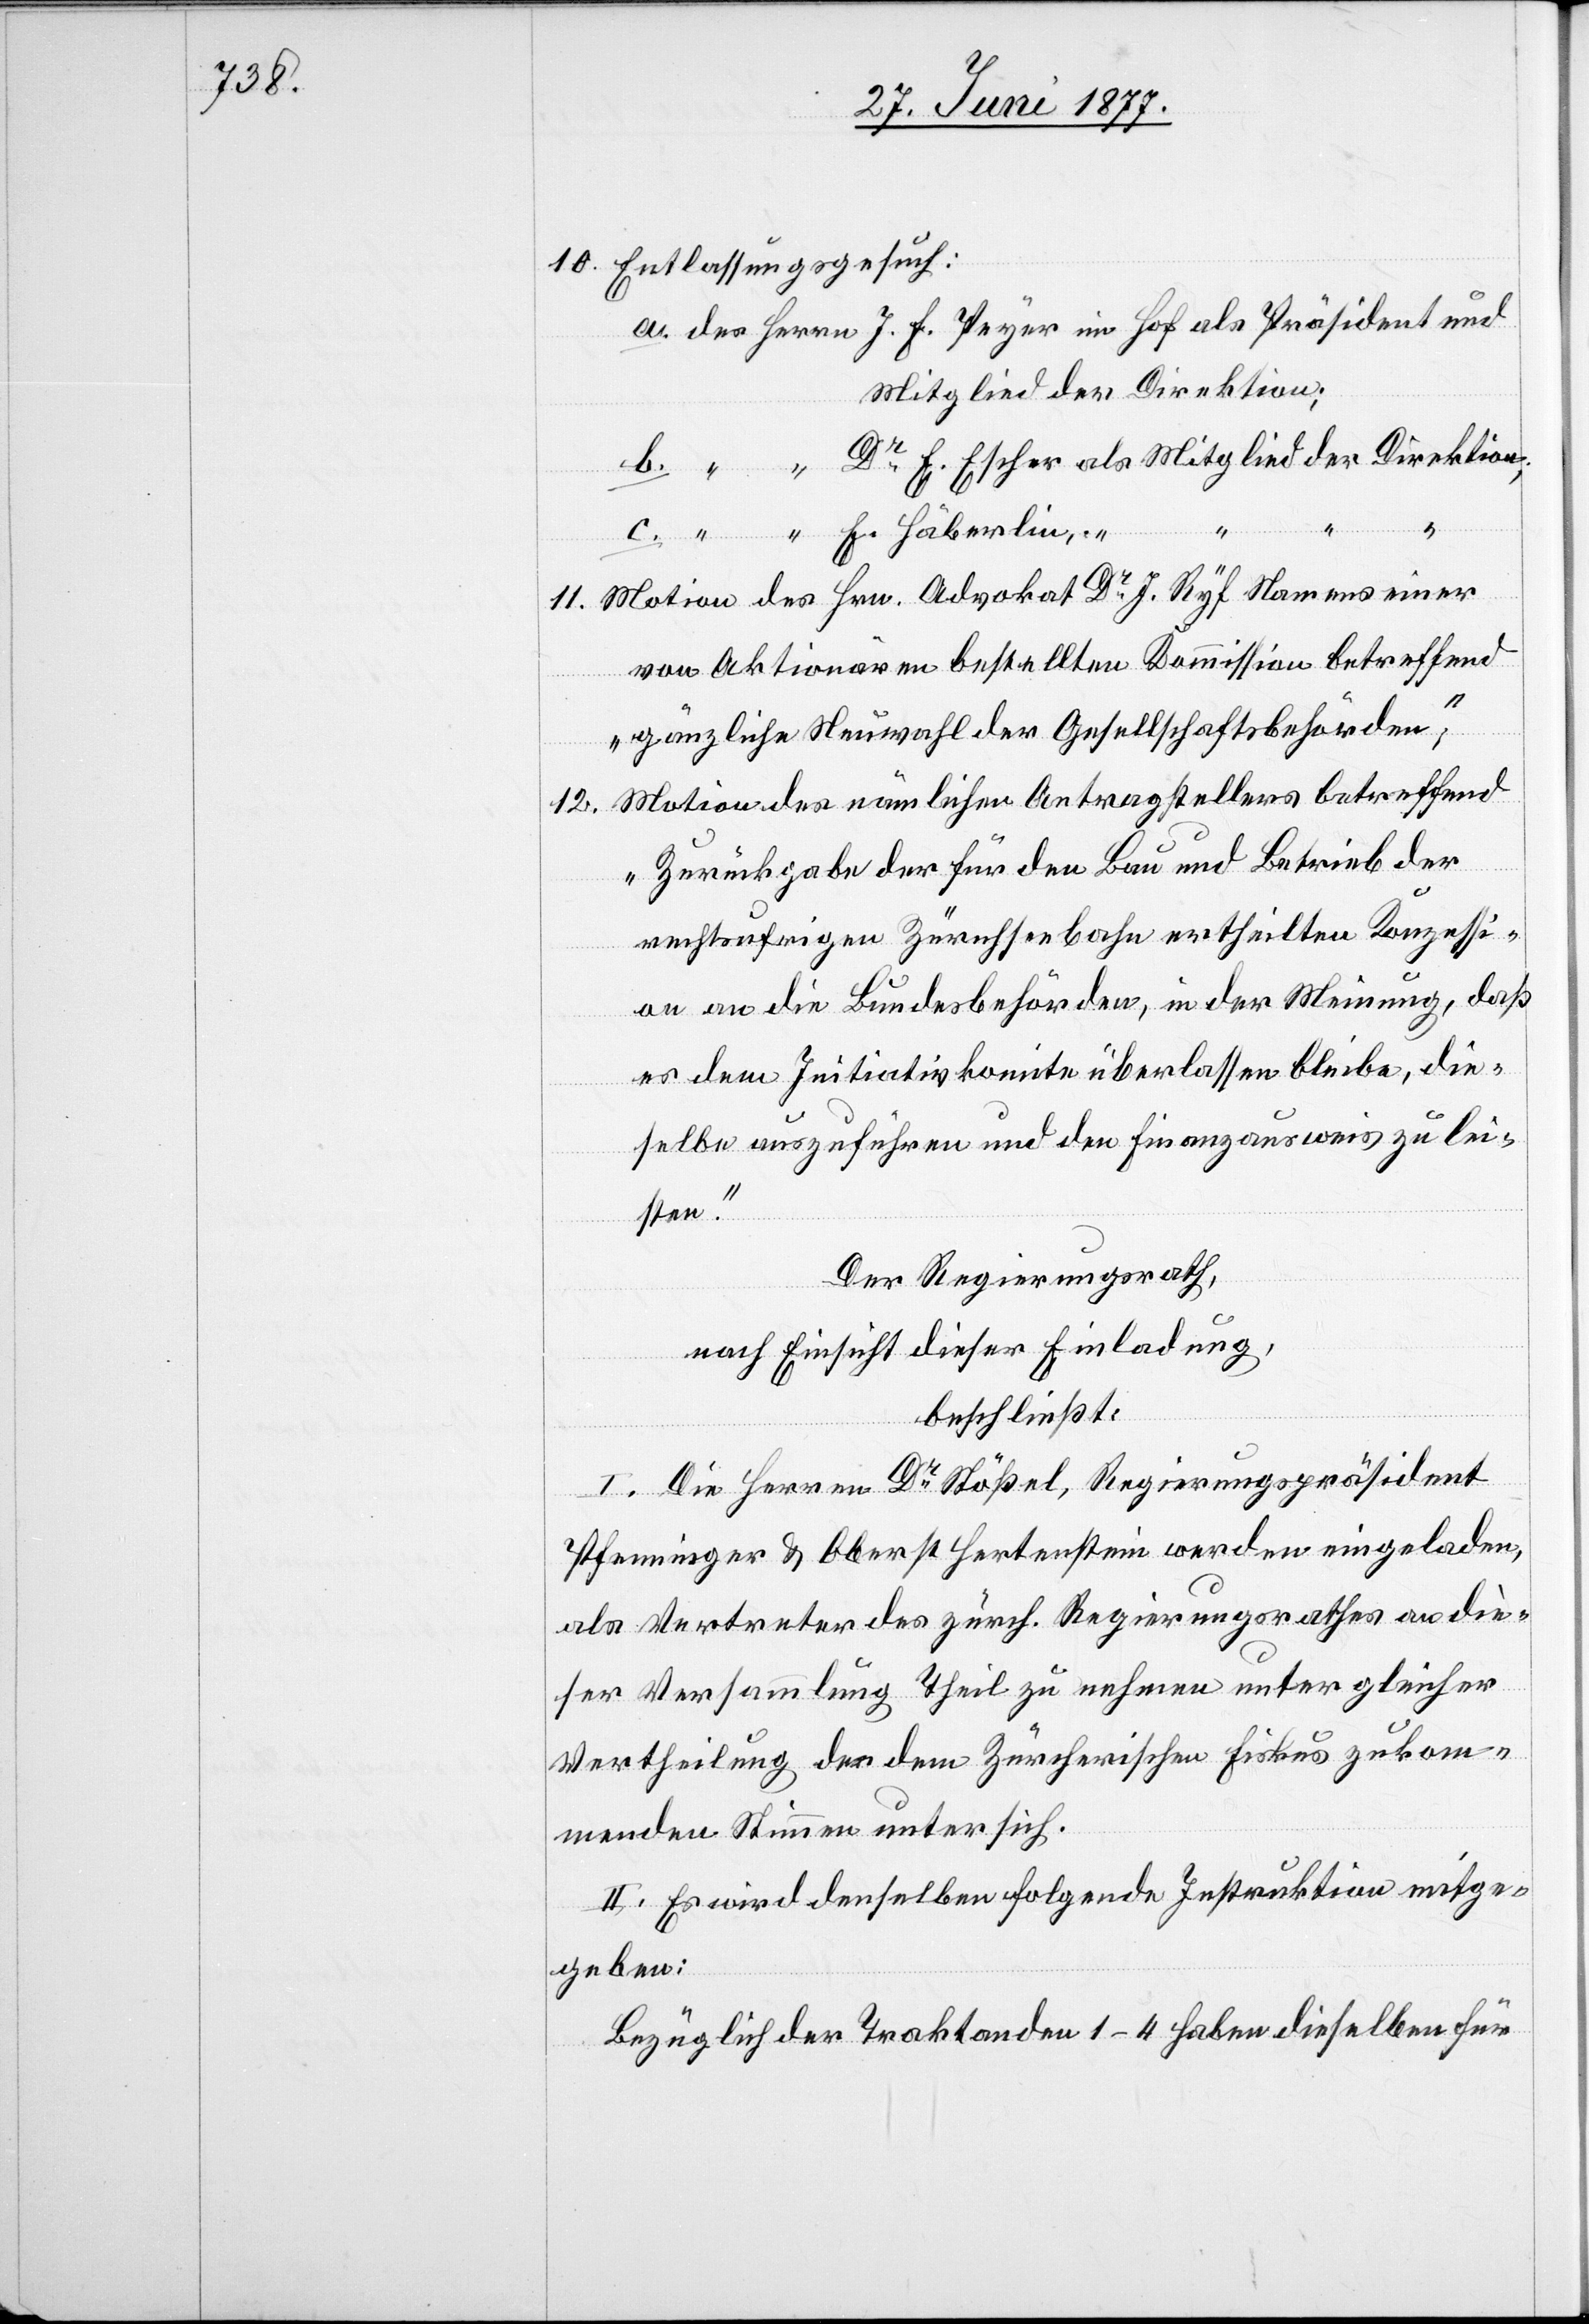
10. Entlassungsgesuch:
Mitglied der Direktion;
und
E.
Häberlin
c.
Motion des Hrn. Advokat Dr J. Ryf Namens einer
11.
von Aktionären bestellten Kommission betreffend
„gänzliche Neuwahl der Gesellschaftsbehörden“;
Motion des nämlichen Antragstellers betreffend
12.
„Zurückgabe der für den Bau und Betrieb der
rechtsufrigen Zürichseebahn ertheilten Konzessi¬
on an die Bundesbehörden, in der Meinung, daß
es dem Initiativkomite überlassen bleibe, die¬
selben auszuführen und den Finanzausweis zu lei¬
sten.“
Der Regierungsrath,
nach Einsicht dieser Einladung,
beschließt:
I. Die Herren Dr Stößel, Regierungspräsident
Pfenninger und Oberst Hertenstein werden eingeladen,
als Vertreter des zürch. Regierungsrathes an die¬
ser Versammlung Theil zu nehmen unter gleicher
Vertheilung der dem Zürcherischen Fiskus zukom¬
menden Stimmen unter sich.
II. Es wird denselben folgende Instruktion mitge¬
geben:
Bezüglich der Traktanden 1–4 haben dieselben für